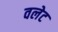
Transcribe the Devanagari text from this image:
वलेट